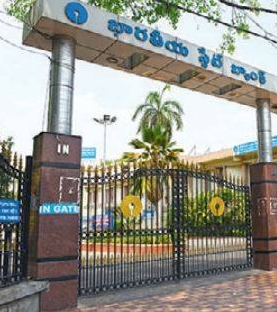
Language: telugu
Transcription: భారతీయ బ్యాంక్